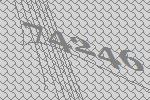
74246